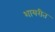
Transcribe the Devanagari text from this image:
शायरीत